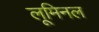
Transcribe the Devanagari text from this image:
लूमिनल